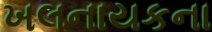
ખલનાયકના